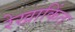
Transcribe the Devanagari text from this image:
रेखाकिंत